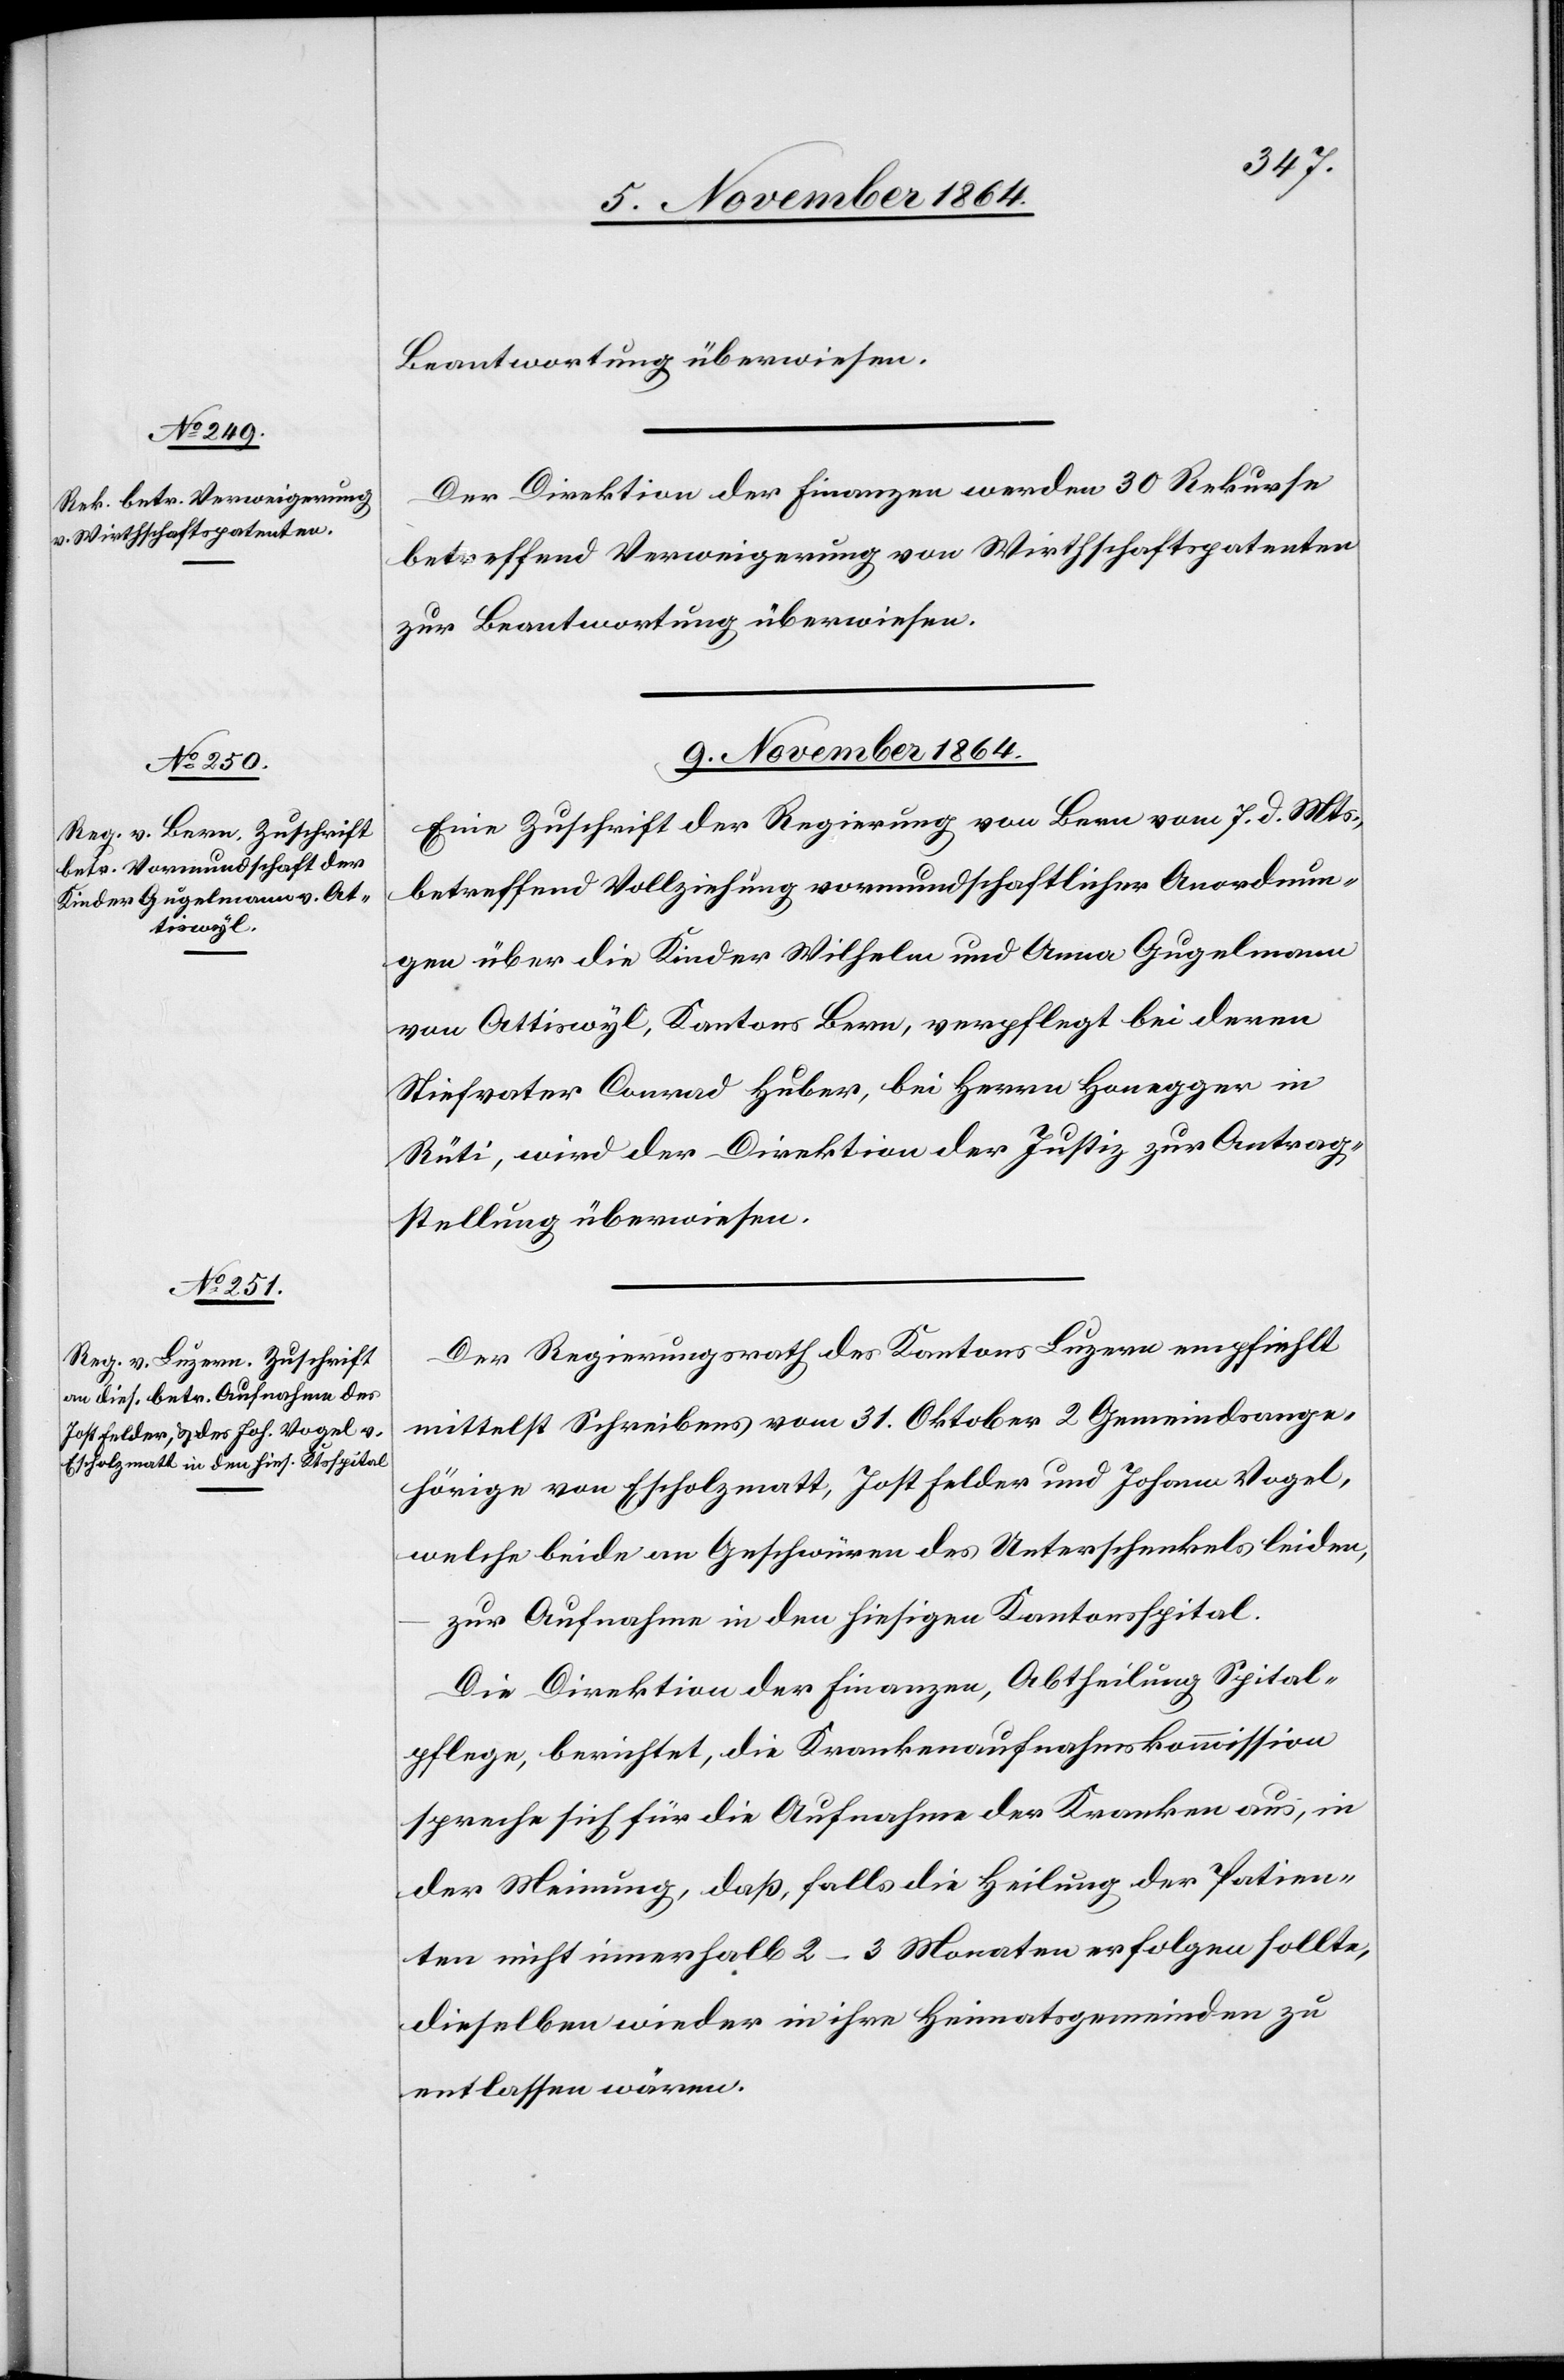
Beantwortung überwiesen.
Der Direktion der Finanzen werden 30 Rekurse
betreffend Verweigerung von Wirthschaftspatenten
zur Beantwortung überwiesen.
9. November 1864.]
Eine Zuschrift der Regierung von Bern vom 7. d. Mts.,
betreffend Vollziehung vormundschaftlicher Anordnun¬
gen über die Kinder Wilhelm und Anna Gugelmann
von Attiswyl, Kantons Bern, verpflegt bei deren
Stiefvater Conrad Huber, bei Herrn Honegger in
Rüti, wird der Direktion der Justiz zur Antrag¬
stellung überwiesen.
Der Regierungsrath des Kantons Luzern empfiehlt
mittelst Schreiben vom 31. Oktober 2 Gemeindsange¬
hörige von Escholzmatt, Jost Felder und Johann Vogel,
welche beide an Geschwüren des Unterschenkels leiden,
zur Aufnahme in den hiesigen Kantonsspital.
Die Direktion der Finanzen, Abtheilung Spital¬
pflege, berichtet, die Krankenaufnahmskommission
spreche sich für die Aufnahme der Kranken aus, in
der Meinung, daß, falls die Heilung der Patien¬
ten nicht innerhalb 2–3 Monaten erfolgen sollte,
dieselben wieder in ihre Heimatsgemeinden zu
entlassen wären.